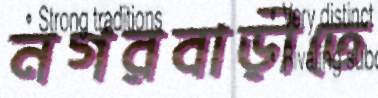
নগরবাড়ীতে